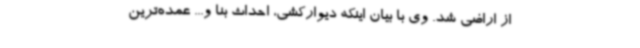
از اراضی شد. وی با بیان اینکه دیوارکشی، احداث بنا و... عمده‌ترین